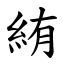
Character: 絠